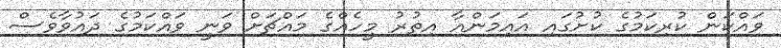
ވައްކަން ކުރިކަމުގެ ކުށުގައި އައިމަންއާ އިތުރު މީހެއްގެ މައްޗަށް ވަނީ ވައްކަމުގެ ދައުވާވެސް